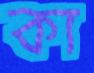
কা